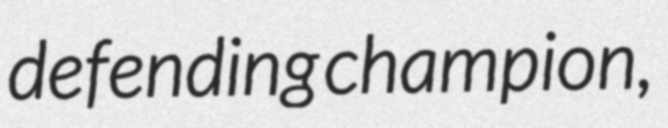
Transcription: defending champion,